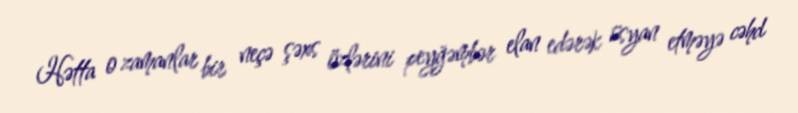
Hətta o zamanlar bir neçə şəxs özlərini peyğəmbər elan edərək üsyan etməyə cəhd